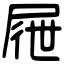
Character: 屜